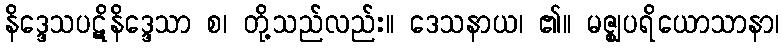
နိဒ္ဒေသပဋိနိဒ္ဒေသာ စ၊ တို့သည်လည်း။ ဒေသနာယ၊ ၏။ မဇ္ဈပရိယောသာနာ၊